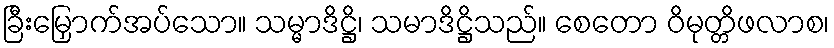
ခြီးမြှောက်အပ်သော။ သမ္မာဒိဋ္ဌိ၊ သမာဒိဋ္ဌိသည်။ စေတော ဝိမုတ္တိဖလာစ၊